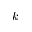
k